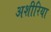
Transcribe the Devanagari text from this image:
अशीरिया